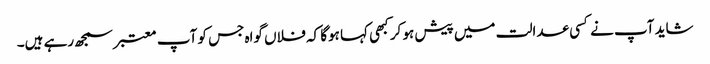
شاید آپ نے کسی عدالت میں پیش ہو کر کبھی کہا ہوگا کہ فلاں گواہ جس کو آپ معتبر سمجھ رہے ہیں۔